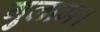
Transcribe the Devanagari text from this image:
गुलाम।